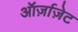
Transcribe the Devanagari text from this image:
ऑर्ज़ाज़ेट